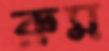
রুম